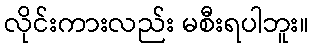
လိုင်းကားလည်း မစီးရပါဘူး။